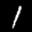
Label: 1